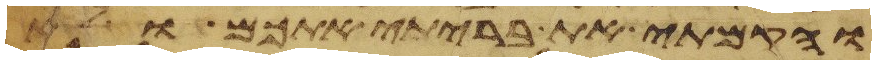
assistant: והקמתי את בריתי אתכם ולא